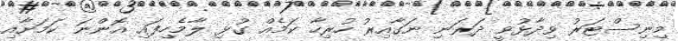
މިނިސްޓަރު ވިދާޅުވީ ދަރަނި ނަގާއިރު ހުރިހާ ކަމެއް ގުޅި ލާމެހިފައި އޮންނަ ކަމަށާއި